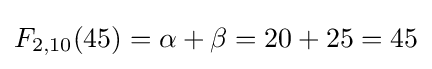
F_{2,10}(45)=\alpha +\beta =20+25=45